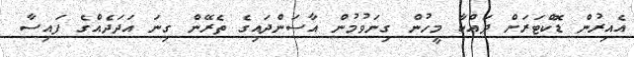
އެއިރުން ޑޮކްޓަރަށް ދައްކާ މީހުން ގިނަވުމުން އާސަންދައިގެ ތެރޭން ގިނަ އަދަދެއްގެ ފައިސާ